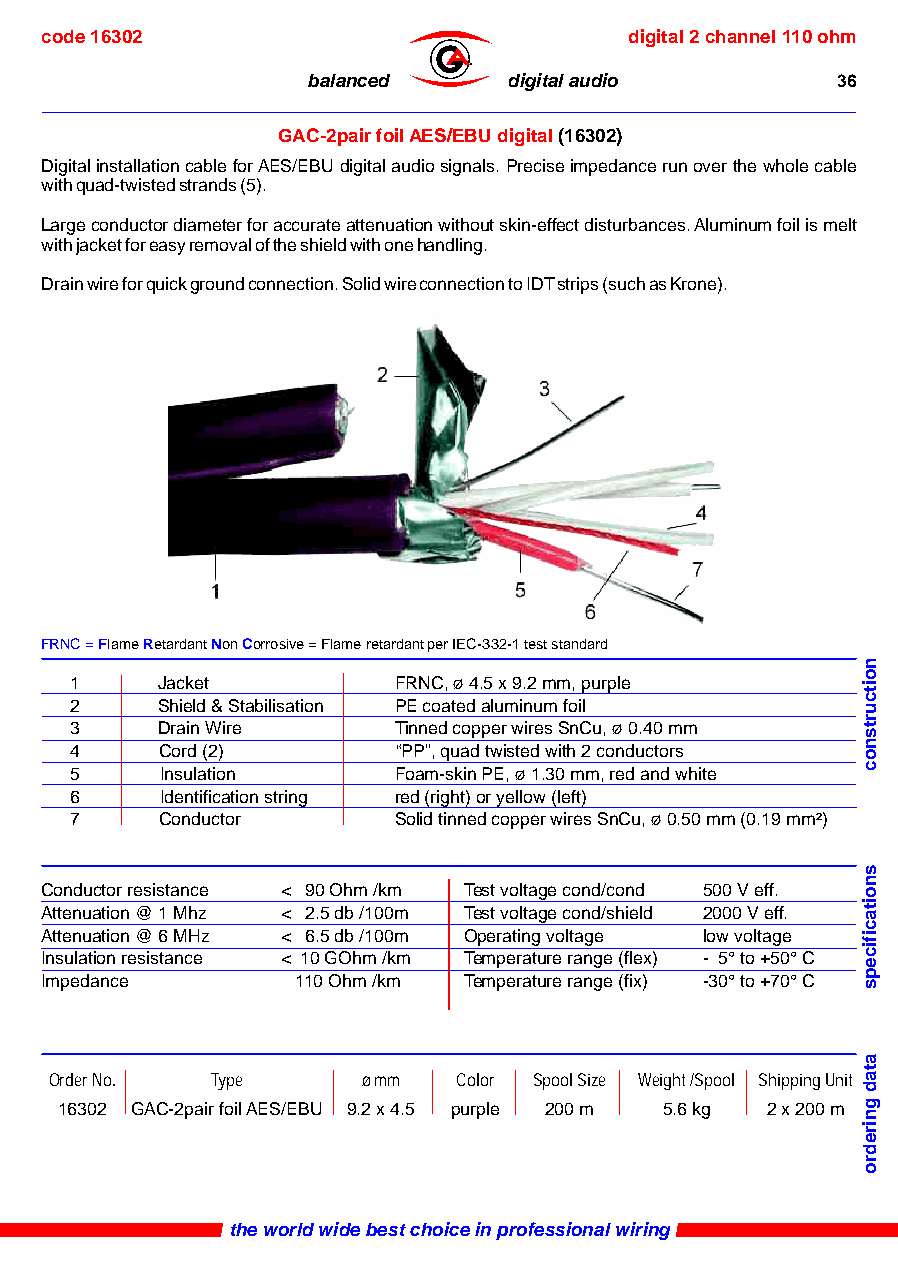
code 16302                             digital 2 channel 110 ohm
 ®
 balanced      digital audio        36
 GAC-2pair foil AES/EBU digital (16302)
 Digital installation cable for AES/EBU digital audio signals. Precise impedance run over the whole cable
 with quad-twisted strands (5).
 Large conductor diameter for accurate attenuation without skin-effect disturbances. Aluminum foil is melt
 with jacket for easy removal of the shield with one handling.
 Drain wire for quick ground connection. Solid wire connection to IDT strips (such as Krone).
 FRNC = Flame Retardant Non Corrosive = Flame retardant per IEC-332-1 test standard
 1    Jacket          FRNC, ø 4.5 x 9.2 mm, purple
 2    Shield & Stabilisation PE coated aluminum foil
 3    Drain Wire      Tinned copper wires SnCu, ø 0.40 mm
 4     Cord (2)       “PP”, quad twisted with 2 conductors
 5     Insulation     Foam-skin PE, ø 1.30 mm, red and white
 6     Identification string red (right) or yellow (left)
 7     Conductor      Solid tinned copper wires SnCu, ø 0.50 mm (0.19 mm²)
 Conductor resistance < 90 Ohm /km Test voltage cond/cond 500 V eff.
 Attenuation @ 1 Mhz < 2.5 db /100m Test voltage cond/shield 2000 V eff.
 Attenuation @ 6 MHz < 6.5 db /100m Operating voltage low voltage
 Insulation resistance < 10 GOhm /km Temperature range (flex) - 5° to +50° C
 Impedance        110 Ohm /km Temperature range (fix) -30° to +70° C
 Order No.  Type      ø mm  Color Spool Size Weight /Spool Shipping Unit
 16302 GAC-2pair foil AES/EBU 9.2 x 4.5 purple 200 m 5.6 kg 2 x 200 m
 the world wide best choice in professional wiring
 noitcurtsnoc
 snoitacificeps
 atad
 gniredro